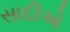
સાદીએ